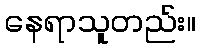
နေရာသူတည်း။